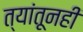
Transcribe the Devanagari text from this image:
त्यांतूनही